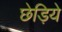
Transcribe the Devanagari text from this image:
छेड़िये